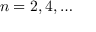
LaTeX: n = 2 , 4 , \dots